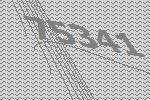
75341